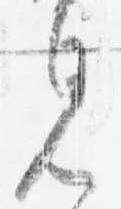
見